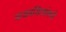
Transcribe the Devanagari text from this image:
वाडवडिलांकडे